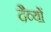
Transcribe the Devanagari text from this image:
दैव्यों